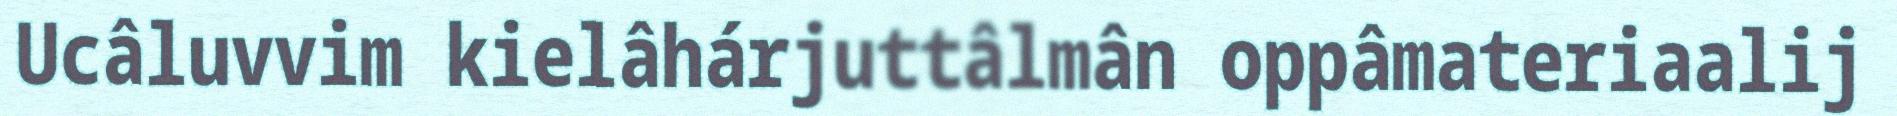
Ucâluvvim kielâhárjuttâlmân oppâmateriaalij